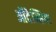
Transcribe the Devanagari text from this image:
ऑदेन्सिया